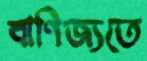
বাণিজ্যতে